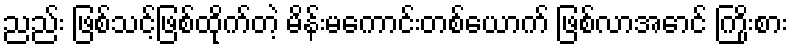
ညည်း ဖြစ်သင့်ဖြစ်ထိုက်တဲ့ မိန်းမကောင်းတစ်ယောက် ဖြစ်လာအောင် ကြိုးစား